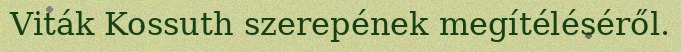
Viták Kossuth szerepének megítéléséről.